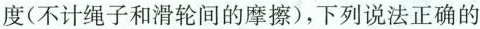
度(不计绳子和滑轮间的摩擦)，下列说法正确的